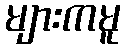
များကမူ